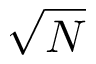
\sqrt { N }